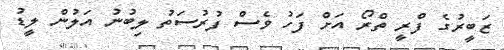
ޒަބީރުގެ ފްރީ ތްރޯ އަށް ފަހު ވެސް ފުރުސަތު ލިބުނު އަލުން ލީޑު